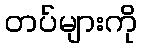
တပ်များကို